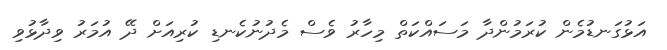
އަޅުގަނޑުމެން ކުރަމުންދާ މަސައްކަތް މިހާރު ވެސް މެދުނުކެނޑި ކުރިއަށް ދޭ އުމަރު ވިދާޅުވި